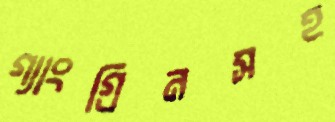
গ্যাংগ্রিনসহ